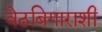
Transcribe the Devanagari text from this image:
वेठबिगाराशी